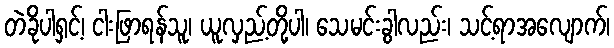
တဲခိုပါရှင့်၊ ငါးဖြာရန်သူ၊ ယူလှည့်တို့ပါ၊ သေမင်းခွါလည်း၊ သင့်ရာအလျောက်၊